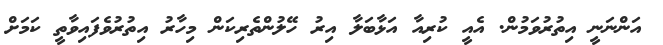
އަންނަނީ އިތުރުވަމުން. އެއީ ކުރިއާ އަޅާބަލާ އިރު ހޭލުންތެރިކަން މިހާރު އިތުރުވެފައިވާތީ ކަމަށް